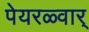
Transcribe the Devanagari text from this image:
पेयरळ्वार्